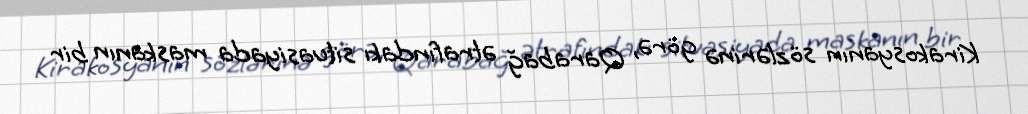
Kirakosyanın sözlərinə görə, Qarabağ ətrafındakı situasiyada maskanın bir